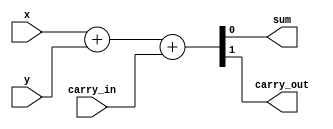
module full_adder(
    input carry_in,
    input x,
    input y,
    output sum,
    output carry_out
);

assign {carry_out, sum} = x + y + carry_in;

endmodule